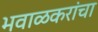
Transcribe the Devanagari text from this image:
भवाळकरांचा